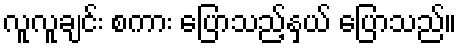
လူလူချင်း စကား ပြောသည့်နှယ် ပြောသည်။